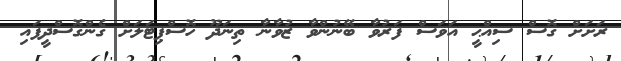
ރަށަށް ގޮސް ސިއްޙީ އަވަސް ފަރުވާ ބޭނުންވާ ޒުވާނާ ތިނަދޫ ހޮސްޕިޓަލަށް ގެންގޮސްދީފައި